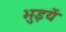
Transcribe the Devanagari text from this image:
भुइयें